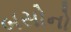
બસોનો